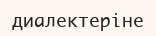
диалектеріне